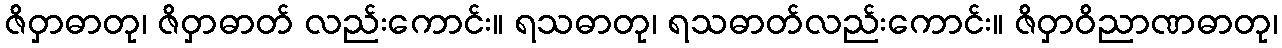
ဇိဝှာဓာတု၊ ဇိဝှာဓာတ် လည်းကောင်း။ ရသဓာတု၊ ရသဓာတ်လည်းကောင်း။ ဇိဝှာဝိညာဏဓာတု၊